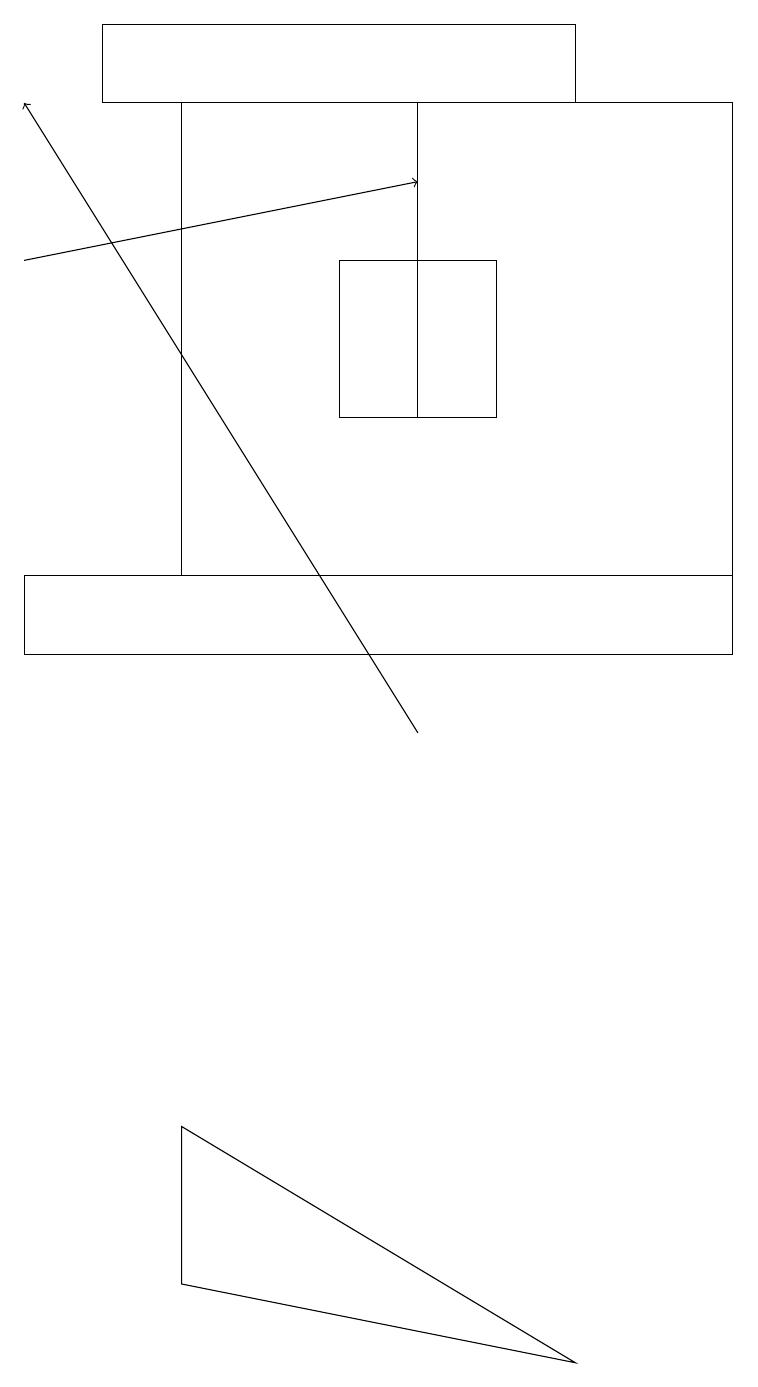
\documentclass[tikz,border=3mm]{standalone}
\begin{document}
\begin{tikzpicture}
\draw[->] (0,16) -- (5,17);
\draw (7,19) rectangle (1,18);
\draw (0,12) rectangle (9,11);
\draw (9,12) rectangle (2,18);
\draw (6,14) rectangle (4,16);
\draw (2,3) -- (7,2) -- (2,5) -- cycle;
\draw[->] (5,10) -- (0,18);
\draw (5,14) rectangle (5,18);
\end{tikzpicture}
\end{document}